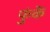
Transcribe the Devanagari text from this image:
फुंकें